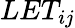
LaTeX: LET_{ij}